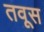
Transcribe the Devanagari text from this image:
तवूस